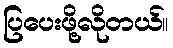
ပြပေးဖို့လိုတယ်။